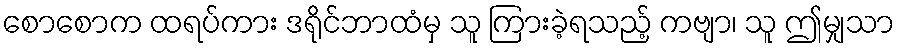
စောစောက ထရပ်ကား ဒရိုင်ဘာထံမှ သူ ကြားခဲ့ရသည့် ကဗျာ၊ သူ ဤမျှသာ